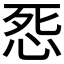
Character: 𭜨